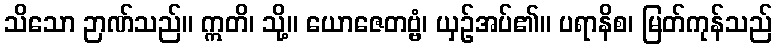
သိသော ဉာဏ်သည်။ ဣတိ၊ သို့။ ယောဇေတဗ္ဗံ၊ ယှဉ်အပ်၏။ ပရာနိစ၊ မြတ်ကုန်သည်